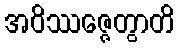
အဝိဿဇ္ဇေတွာတိ